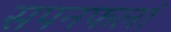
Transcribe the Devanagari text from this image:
सपनफलां